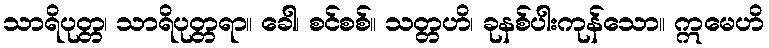
သာရိပုတ္တ၊ သာရိပုတ္တရာ။ ခေါ၊ စင်စစ်။ သတ္တဟိ၊ ခုနစ်ပါးကုန်သော။ ဣမေဟိ